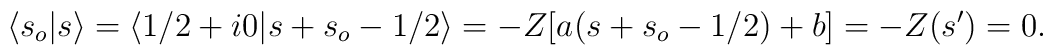
\langle s_o\vert s\rangle = \langle 1/2 + i 0\vert s + s_o - 1/2\rangle= -Z [a (s + s_o - 1/2) + b] = -Z (s') = 0.